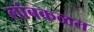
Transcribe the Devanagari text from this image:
लांबकळत